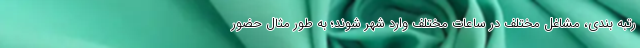
رتبه بندی، مشاغل مختلف در ساعات مختلف وارد شهر شوند؛ به طور مثال حضور